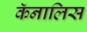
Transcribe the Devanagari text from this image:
कॅनालिस